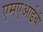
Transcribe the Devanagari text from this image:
एमएआईबी